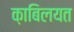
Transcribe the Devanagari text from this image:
क़ाबिलयत